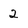
Character: 2